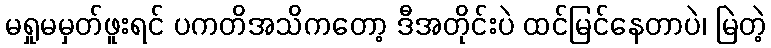
မရှုမမှတ်ဖူးရင် ပကတိအသိကတော့ ဒီအတိုင်းပဲ ထင်မြင်နေတာပဲ၊ မြဲတဲ့